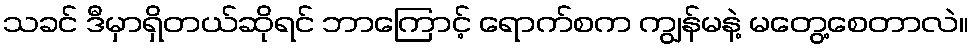
သခင် ဒီမှာရှိတယ်ဆိုရင် ဘာကြောင့် ရောက်စက ကျွန်မနဲ့ မတွေ့စေတာလဲ။